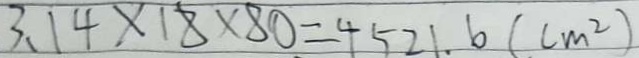
3 . 1 4 \times 1 8 \times 8 0 = 4 5 2 1 . 6 ( c m ^ { 2 } )